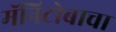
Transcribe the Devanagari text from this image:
मॅनिटोबाचा